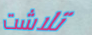
تلاشت